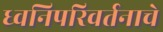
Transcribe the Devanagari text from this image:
ध्वनिपरिवर्तनाचे